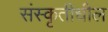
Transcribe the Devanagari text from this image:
संस्कृतीधील